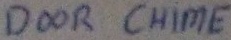
Text: DOOR CHIME